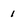
Character: 1